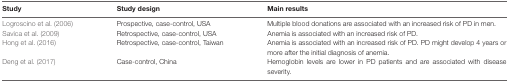
| Study | Study design | Main results |
 | --- | --- | --- |
 | Logroscino et al. (2006) | Prospective, case-control, USA | Multiple blood donations are associated with an increased risk of PD in men. |
 | Savica et al. (2009) | Retrospective, case-control, USA | Anemia is associated with an increased risk of PD. |
 | Hong et al. (2016) | Retrospective, case-control, Taiwan | Anemia is associated with an increased risk of PD. PD might develop 4 years or more after the initial diagnosis of anemia. |
 | Deng et al. (2017) | Case-control, China | Hemoglobin levels are lower in PD patients and are associated with disease severity. |